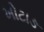
ખોટાઙ